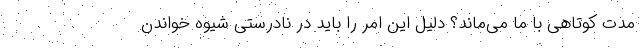
مدت کوتاهی با ما می‌ماند؟ دلیل این امر را باید در نادرستی شیوه خواندن